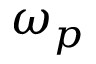
\omega _ { p }